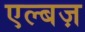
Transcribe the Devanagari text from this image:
एल्बज़